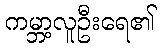
ကမ္ဘာ့လူဦးရေ၏